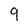
Character: q